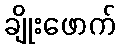
ချိုးဖောက်